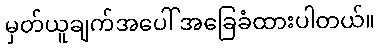
မှတ်ယူချက်အပေါ် အခြေခံထားပါတယ်။